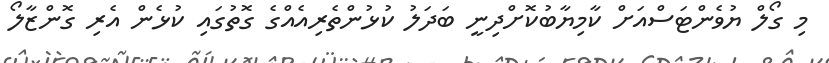
މި ގޯލް ޔުވެންޓަސްއަށް ކާމިޔާބުކޮށްދިނީ ބަދަލު ކުޅުންތެެރިއެއްގެ ގޮތުގައި ކުޅެން އެރި ގޮންޒާލޯ